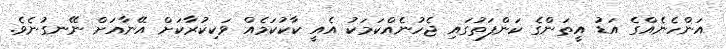
އަންހެނެއްގެ އަޑު އީތަންގެ ކަންފަތުގައި ޖެހުނެއްކަމަކު އެއީ ކާކުކަމެއް ވަކިކުރާކަށް އޭނާއަށް ނޭނގުނެވެ.